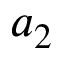
a _ { 2 }